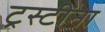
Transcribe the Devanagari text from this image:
ट्रस्टींना